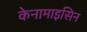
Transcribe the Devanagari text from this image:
केनामाइसिन